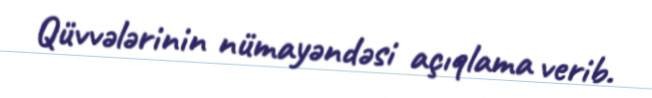
Qüvvələrinin nümayəndəsi açıqlama verib.